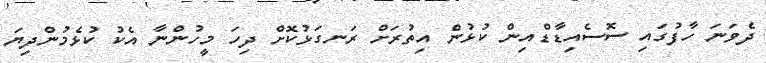
ދެވަނަ ހާފުގައި ސޮސެއިޑާޑްއިން ކުޅުން އިތުރަށް ރަނގަޅުކޮށް ދިހަ މީހުންނާ އެކު ކުޅެމުންދިޔަ